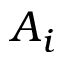
A _ { i }